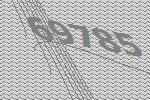
69785